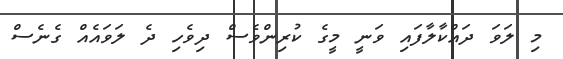
މި ލަވަ ދައްކާލާފައި ވަނީ މީގެ ކުރިންވެސް ދިވެހި ދެ ލަވައެއް ގެނެސް